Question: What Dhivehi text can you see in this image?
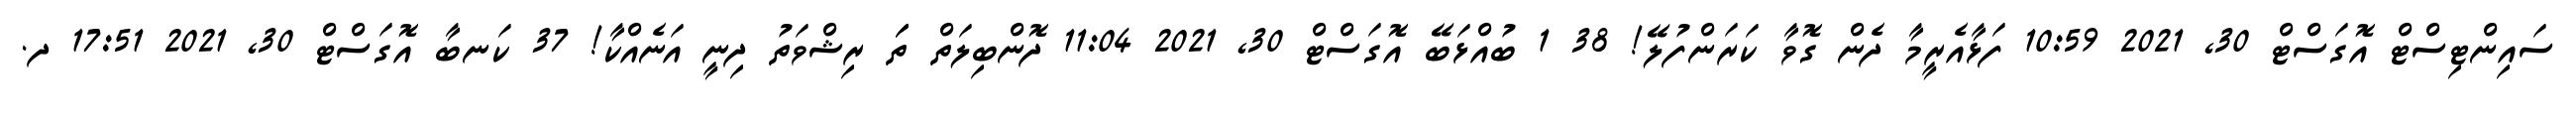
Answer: ސައިންޓިސްޓް އޮގަސްޓް 30, 2021 10:59 ފަޅާއެރީމާ ދެން ގޮވާ ކަރަންފުލޭ! 38 1 ބުއްޅަބޭ އޮގަސްޓް 30, 2021 11:04 ދޮންބިލަތް ތަަ ރިޝްވަތު ދިނީ އަނެއްކާ! 37 ކަނބާ އޮގަސްޓް 30, 2021 17:51 ދ.